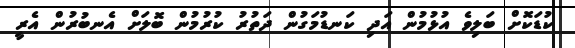
ކުޑަކޮށް ބަލިވެ އުޅުމުން އަދި ކަނޑުމަގުން ދަތުރު ކުރުމުން ބޮލަށް އެނބުރުން އެރީ